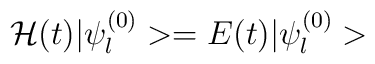
{\cal H}(t)|\psi_{l}^{(0)}>=E(t)|\psi_{l}^{(0)}>